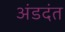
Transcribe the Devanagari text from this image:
अंडदंत